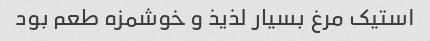
استیک مرغ بسیار لذیذ و خوشمزه طعم بود